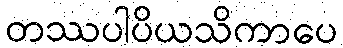
တဿပါပိယသိကာပေ